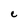
Character: C